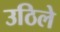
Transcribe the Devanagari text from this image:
उठिले